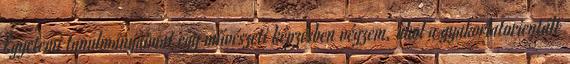
Egyetemi tanulmányaimat egy művészeti képzésben végzem, ahol a gyakorlatorientált